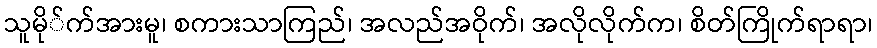
သူမို်က်အားမူ၊ စကားသာကြည်၊ အလည်အဝိုက်၊ အလိုလိုက်က၊ စိတ်ကြိုက်ရာရာ၊